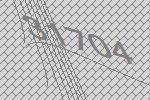
31704